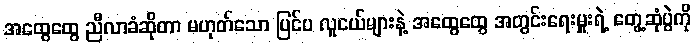
အထွေထွေ ညီလာခံဆိုတာ မဟုတ်သော ပြင်ပ လူငယ်များနဲ့ အထွေထွေ အတွင်းရေးမှူးရဲ့ တွေ့ဆုံပွဲကို